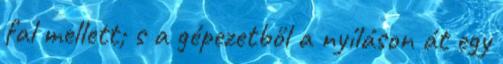
fal mellett; s a gépezetből a nyíláson át egy